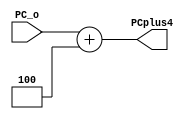
module PCIncrement(PC_o, PCplus4);
	input [31:0] PC_o;
	output reg [31:0] PCplus4;
	
	always@(*)
		begin
		PCplus4 = PC_o + 32'd4;
		end
endmodule